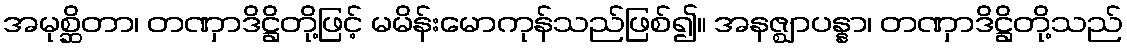
အမုစ္ဆိတာ၊ တဏှာဒိဋ္ဌိတို့ဖြင့် မမိန်းမောကုန်သည်ဖြစ်၍။ အနဇ္ဈာပန္နာ၊ တဏှာဒိဋ္ဌိတို့သည်